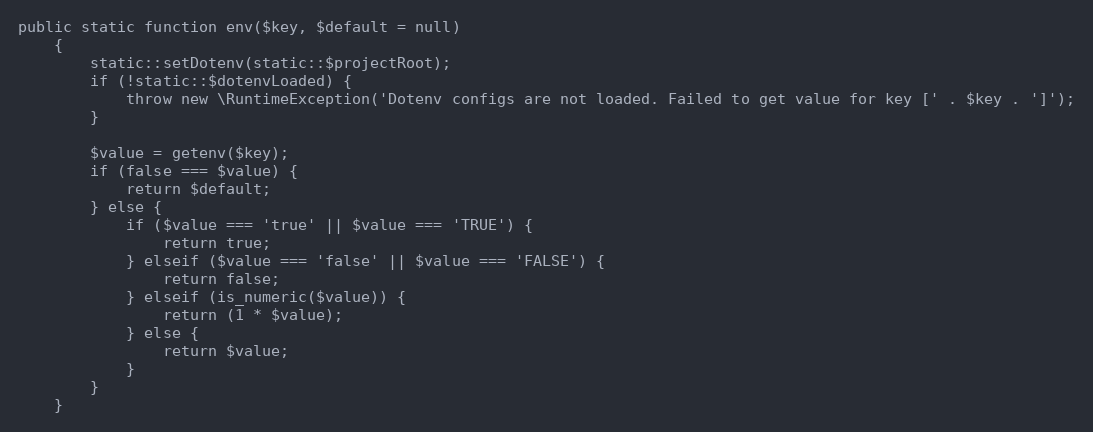
Language: PHP
public static function env($key, $default = null)
    {
        static::setDotenv(static::$projectRoot);
        if (!static::$dotenvLoaded) {
            throw new \RuntimeException('Dotenv configs are not loaded. Failed to get value for key [' . $key . ']');
        }

        $value = getenv($key);
        if (false === $value) {
            return $default;
        } else {
            if ($value === 'true' || $value === 'TRUE') {
                return true;
            } elseif ($value === 'false' || $value === 'FALSE') {
                return false;
            } elseif (is_numeric($value)) {
                return (1 * $value);
            } else {
                return $value;
            }
        }
    }